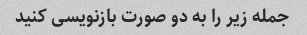
جمله زیر را به دو صورت بازنویسی کنید